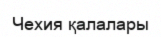
Чехия қалалары